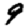
Digit: 9